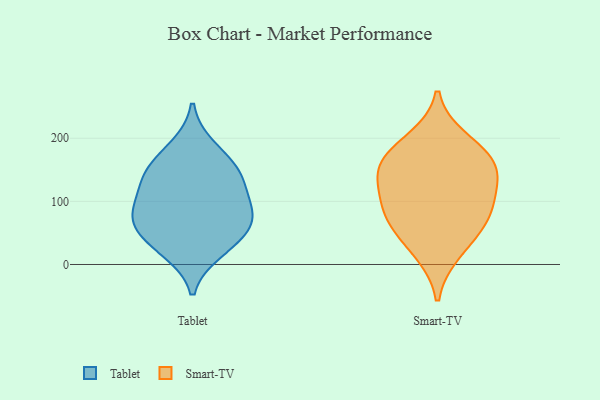
{"axis": {"x": "Revenue (USD Million)", "y": "Value"}, "legend": ["Smart-TV", "Tablet"], "data": [{"x": "", "y": 106, "type": "Tablet"}, {"x": "", "y": 34, "type": "Tablet"}, {"x": "", "y": 58, "type": "Tablet"}, {"x": "", "y": 139, "type": "Tablet"}, {"x": "", "y": 21, "type": "Tablet"}, {"x": "", "y": 66, "type": "Tablet"}, {"x": "", "y": 143, "type": "Tablet"}, {"x": "", "y": 81, "type": "Tablet"}, {"x": "", "y": 186, "type": "Tablet"}, {"x": "", "y": 85, "type": "Tablet"}, {"x": "", "y": 151, "type": "Tablet"}, {"x": "", "y": 168, "type": "Smart-TV"}, {"x": "", "y": 102, "type": "Smart-TV"}, {"x": "", "y": 72, "type": "Smart-TV"}, {"x": "", "y": 55, "type": "Smart-TV"}, {"x": "", "y": 198, "type": "Smart-TV"}, {"x": "", "y": 19, "type": "Smart-TV"}, {"x": "", "y": 165, "type": "Smart-TV"}, {"x": "", "y": 90, "type": "Smart-TV"}, {"x": "", "y": 139, "type": "Smart-TV"}, {"x": "", "y": 143, "type": "Smart-TV"}]}